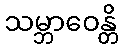
သမ္ဘာဝေန္တိ